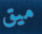
ميق